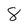
Character: 8